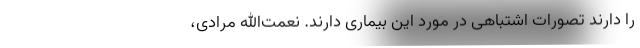
را دارند تصورات اشتباهی در مورد این بیماری دارند. نعمت‌الله مرادی،